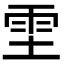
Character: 𫕞